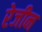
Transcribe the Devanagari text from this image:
रेजीन